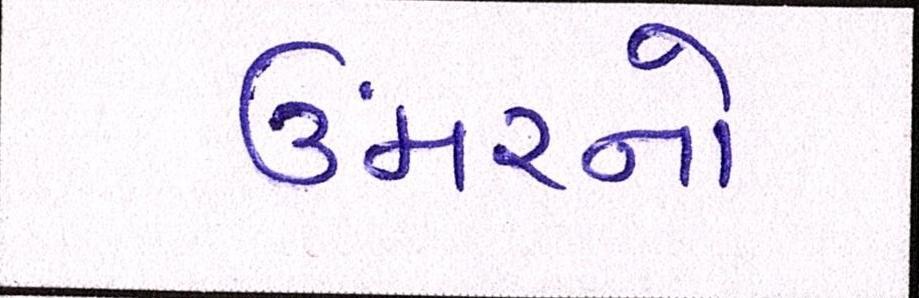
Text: ઉંમરનો